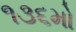
૧૩૬મો